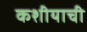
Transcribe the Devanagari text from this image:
कशीयाची